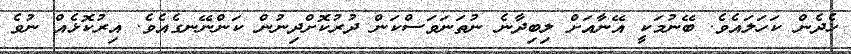
ހެދެން ކަހަލައެވެ. ބޭނުމަކީ އޭނާއަށް ލިބިދާނެ ނުތަނަވަސްކަން ދުރުކޮށްދިނުން ކަންނޭނގެއެވެ. އިރުކޮޅެއް ނުވެ